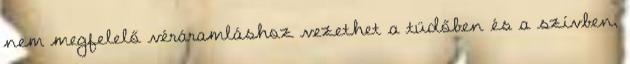
nem megfelelő véráramláshoz vezethet a tüdőben és a szívben,